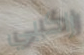
راكبي